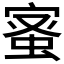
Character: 𮔉